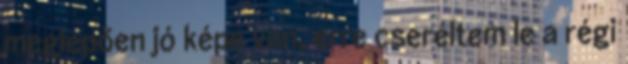
meglepően jó képe van, erre cseréltem le a régi